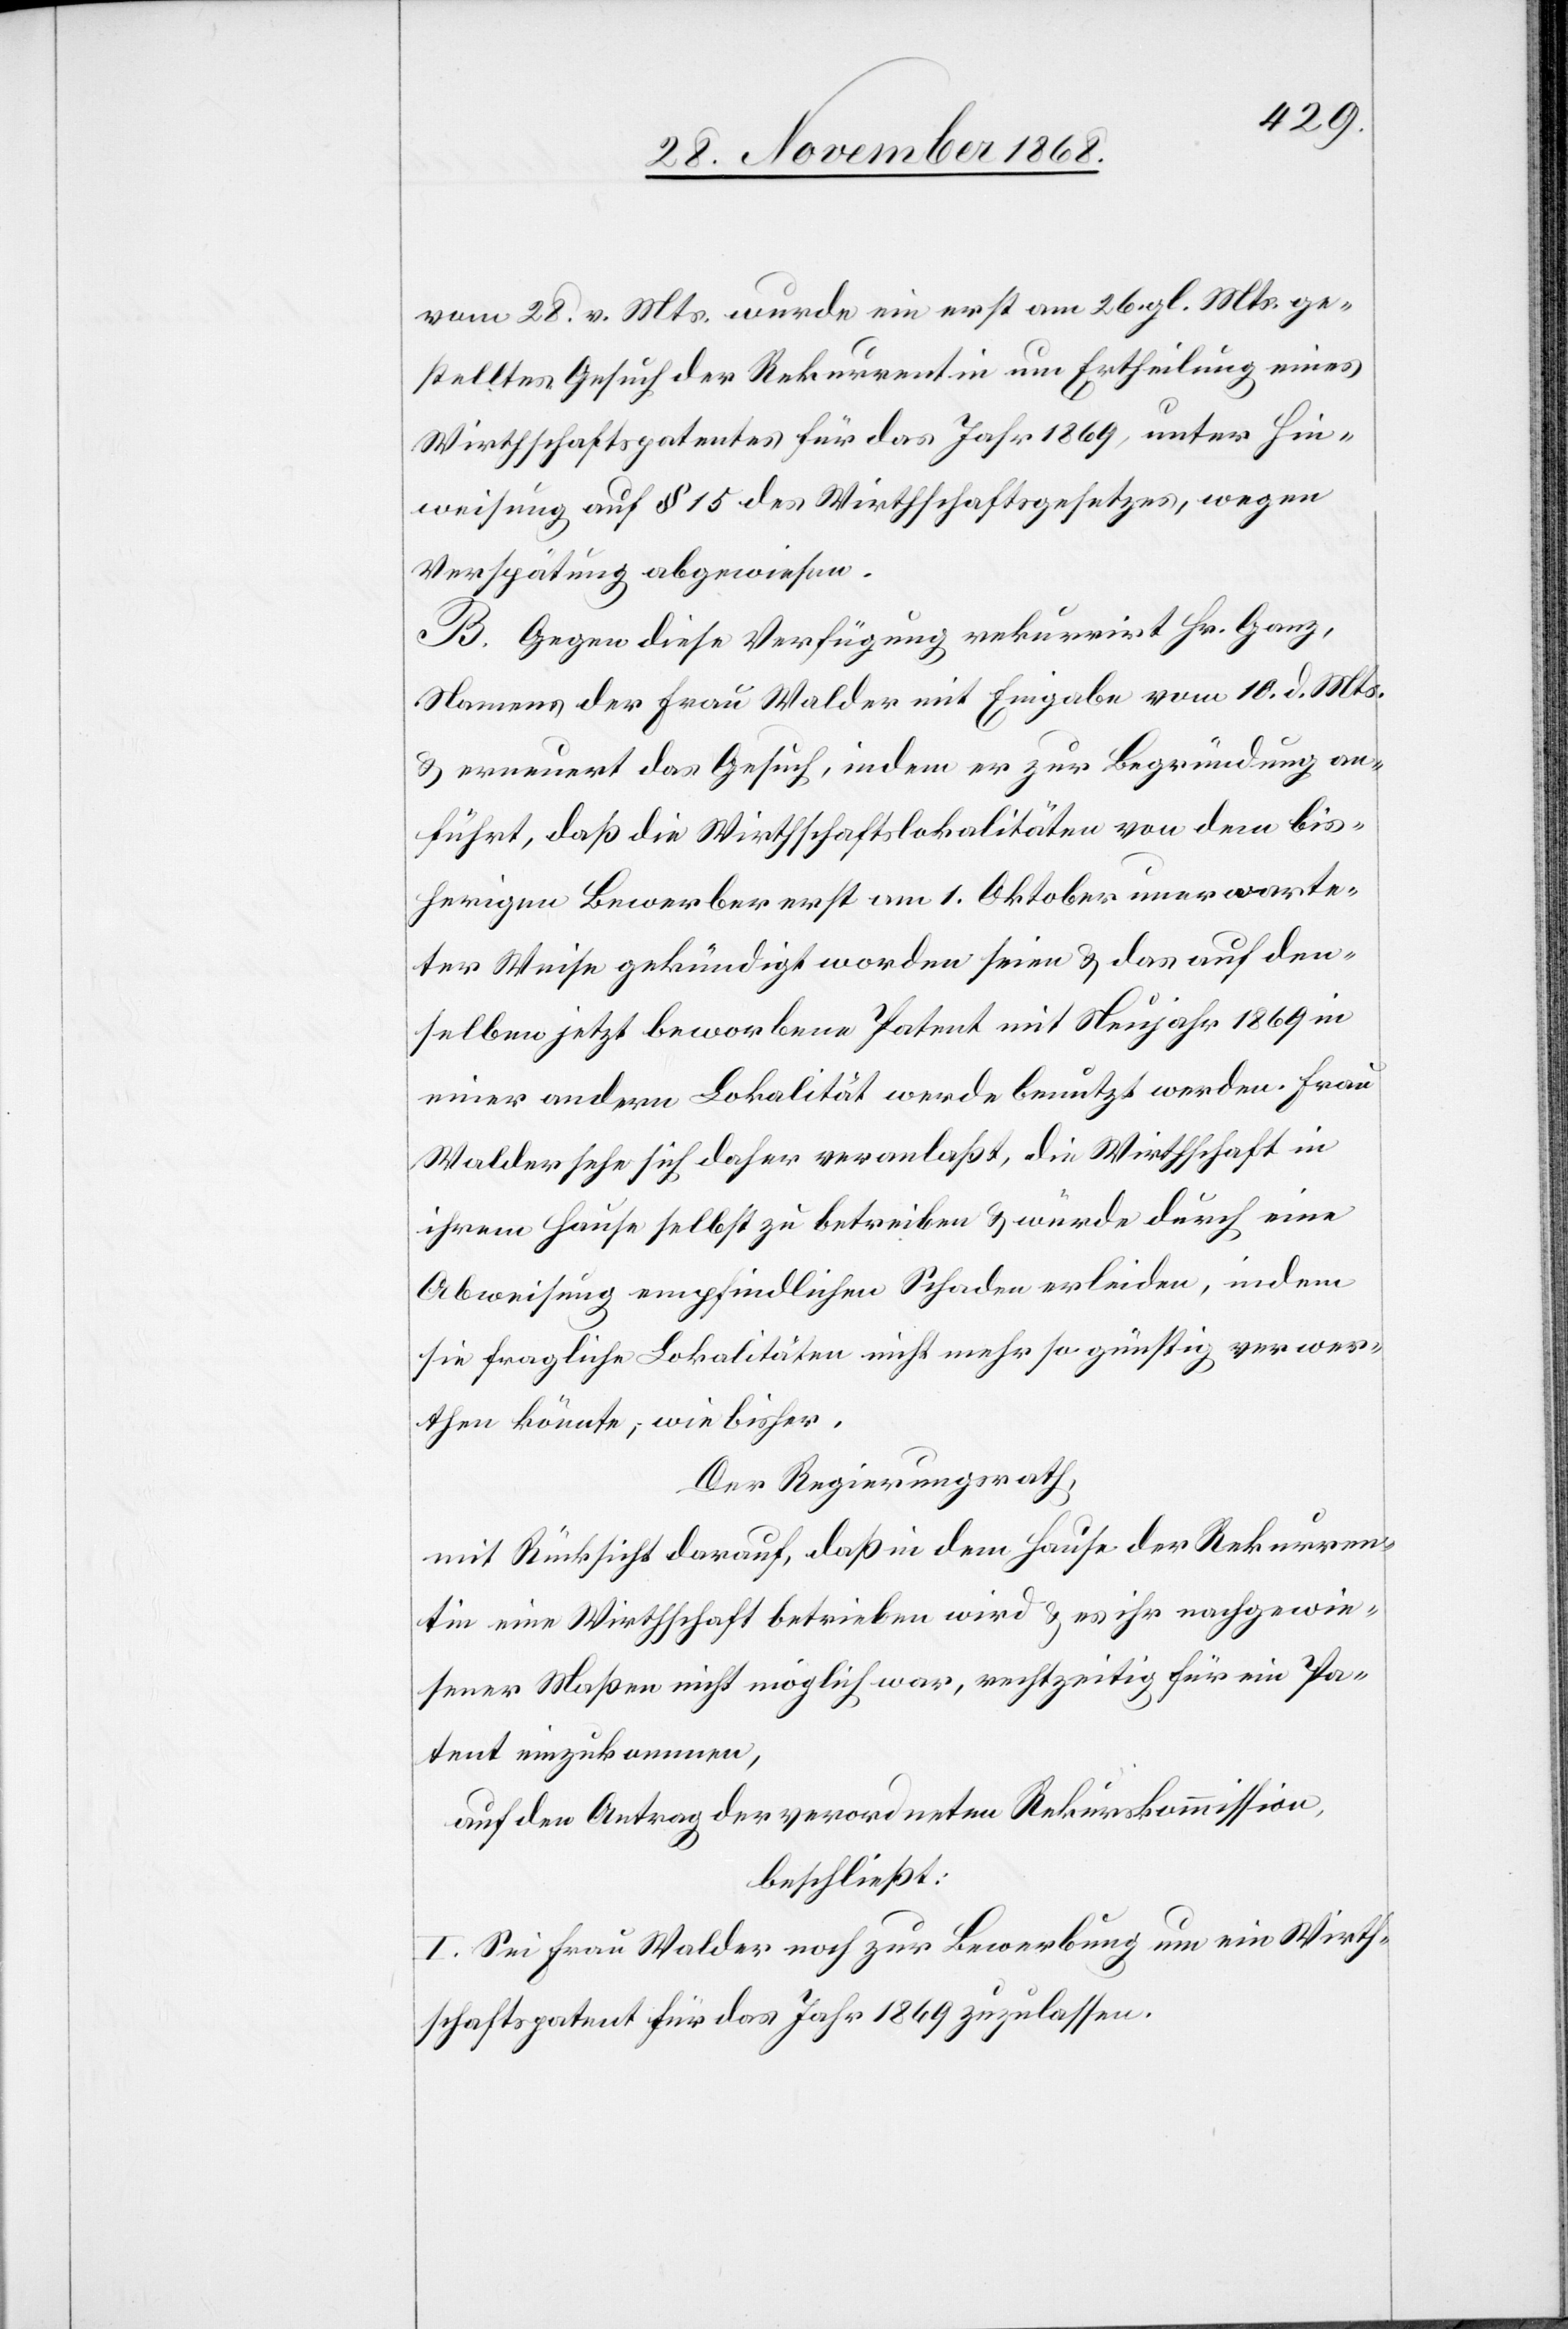
vom 28. v. Mts. wurde ein erst am 26. gl. Mts. ge¬
stelltes Gesuch der Rekurrentin um Ertheilung eines
Wirthschaftspatentes für das Jahr 1869, unter Hin¬
weisung auf § 15 des Wirthschaftsgesetzes, wegen
Verspätung abgewiesen.
B. Gegen diese Verfügung rekurrirt Hr. Ganz,
Namens der Frau Walder mit Eingabe vom 10. d. Mts.
& erneuert das Gesuch, indem er zur Begründung an¬
führt, daß die Wirthschaftslokalitäten von dem bis¬
herigen Bewerber erst am 1. Oktober unerwarte¬
ter Weise gekündigt worden seien & das auf den¬
selben jetzt beworbene Patent mit Neujahr 1869 in
einer andern Lokalität werde benutzt werden. Frau
Walder sehe sich daher veranlaßt, die Wirthschaft in
ihrem Hause selbst zu betreiben & würde durch eine
Abweisung empfindlichen Schaden erleiden, indem
sie fragliche Lokalitäten nicht mehr so günstig verwer¬
then könnte, wie bisher.
Der Regierungsrath,
mit Rücksicht darauf, daß in dem Hause der Rekurren¬
tin eine Wirthschaft betrieben wird & es ihr nachgewie¬
sener Maßen nicht möglich war, rechtzeitig für ein Pa¬
tent einzukommen,
auf den Antrag der verordneten Rekurskommission,
beschließt:
I. Sei Frau Walder noch zur Bewerbung um ein Wirth¬
schaftspatent für das Jahr 1869 zuzulassen.